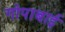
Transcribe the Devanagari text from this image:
गोपाबाई